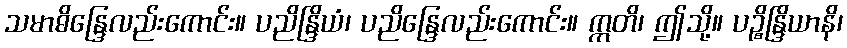
သမာဓိန္ဒြေလည်းကောင်း။ ပညိန္ဒြိယံ၊ ပညိန္ဒြေလည်းကောင်း။ ဣတိ၊ ဤသို့။ ပဉ္စိန္ဒြိယာနိ၊